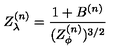
Z _ { \lambda } ^ { ( n ) } = \frac { 1 + B ^ { ( n ) } } { ( Z _ { \phi } ^ { ( n ) } ) ^ { 3 / 2 } }